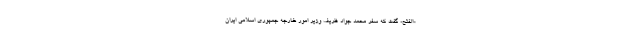
«الفتح» گفت که سفر محمد جواد ظریف وزیر امور خارجه جمهوری اسلامی ایران